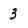
Character: 3